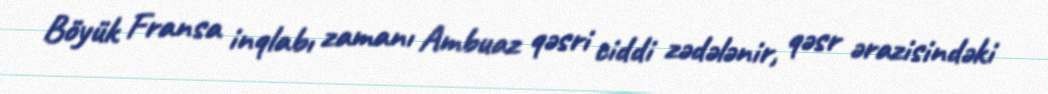
Böyük Fransa inqlabı zamanı Ambuaz qəsri ciddi zədələnir, qəsr ərazisindəki